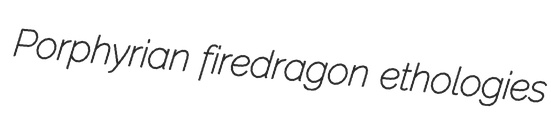
Porphyrian firedragon ethologies